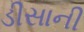
ડીસાની